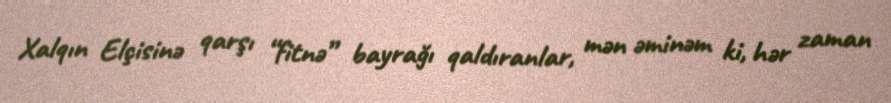
Xalqın Elçisinə qarşı “fitnə” bayrağı qaldıranlar, mən əminəm ki, hər zaman